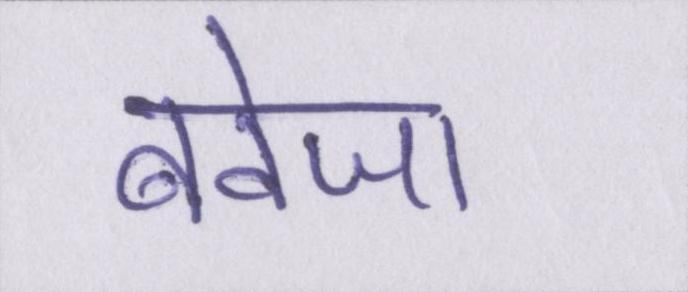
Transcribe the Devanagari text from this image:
बवेजा